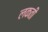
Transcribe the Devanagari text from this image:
लकती